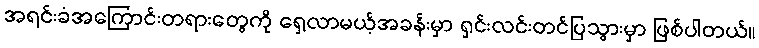
အရင်းခံအကြောင်းတရားတွေကို ရှေ့လာမယ့်အခန်းမှာ ရှင်းလင်းတင်ပြသွားမှာ ဖြစ်ပါတယ်။